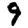
Digit: 9